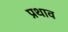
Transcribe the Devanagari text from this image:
प्रथाव